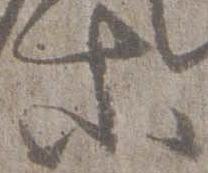
等